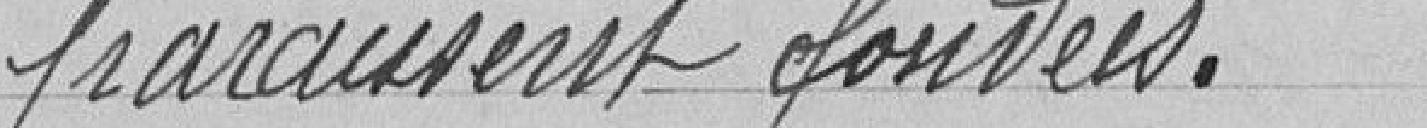
paraissent fondées